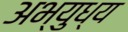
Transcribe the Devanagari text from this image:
अभ्युध्य